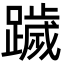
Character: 䠩